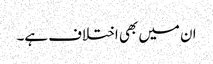
ان میں بھی اختلاف ہے۔